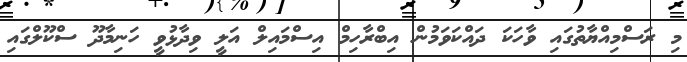
މި ރަސްމިއްޔާތުގައި ވާހަކަ ދައްކަވަމުން އިބްރާހިމް އިސްމައިލް އަލީ ވިދާޅުވީ ހަނިމާދޫ ސްކޫލްގައި